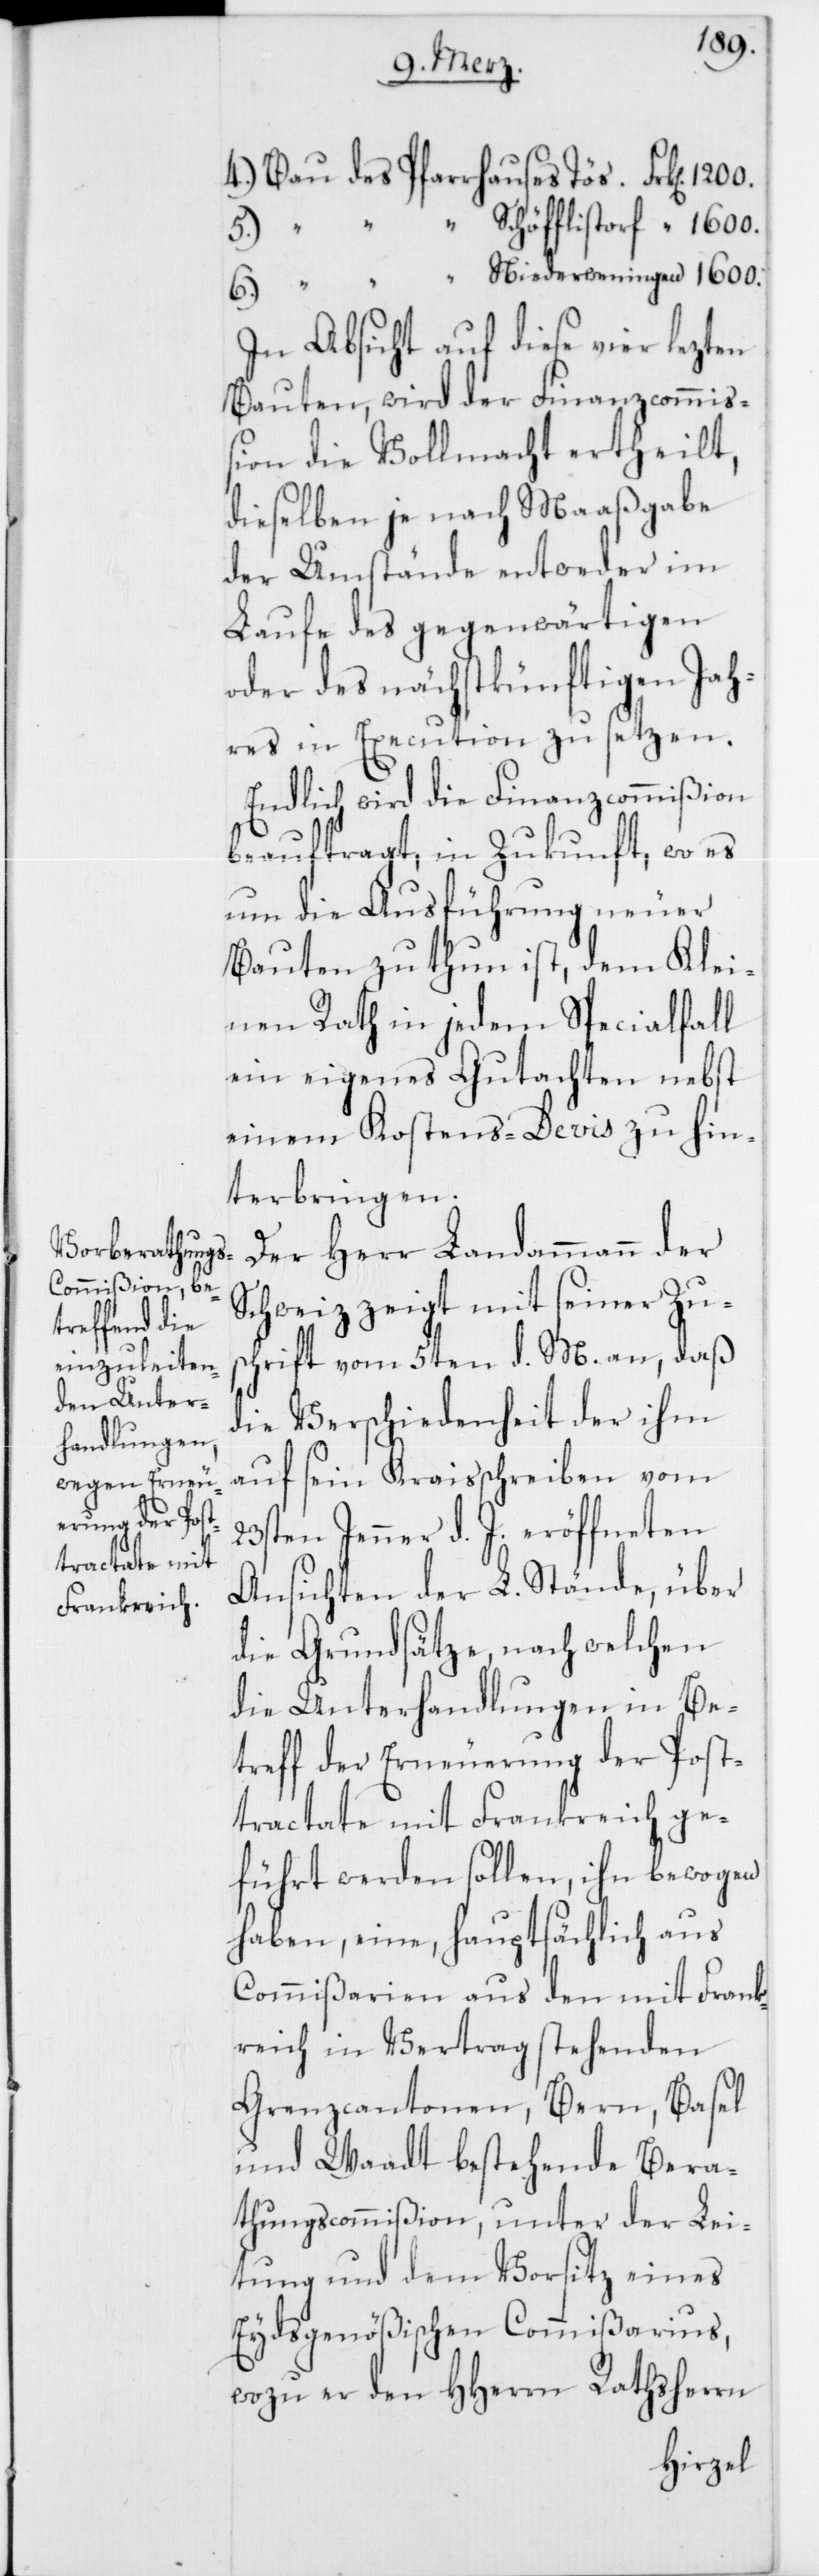
4.) Bau des Pfarrhauses Töß Frk[en].
5.) “ “ “ Schöfflisdorf “ 1600.
“ Niederweningen “ 1600.
In Absicht auf diese vier lezten
Bauten, wird der Finanzcommi¬
ßion die Vollmacht ertheilt,
dieselben je nach Maaßgabe
der Umstände entweder im
Laufe des gegenwärtigen
oder des nächstkünftigen Jah¬
res in Execution zu setzen.
Endlich wird die Finanzcommißion
beauftragt, in Zukunft, wo es
um die Ausführung neuer
Bauten zu thun ist, dem Klei¬
nen Rath in jedem Specialfall
ein eigenes Gutachten nebst
einem Kostens-Devis zu hin¬
terbringen.
Der Herr Landammann der
Schweiz zeigt mit seiner Zus¬
chrift vom 5ten d. M. an, daß
die Verschiedenheit der ihm
auf sein Kraisschreiben vom
23sten Jenner d. J. eröffneten
Ansichten der L. Stände, über
die Grundsätze, nach welchen
die Unterhandlungen in Be¬
treff der Erneuerung der Post¬
tractate mit Frankreich ge¬
führt werden sollen, ihn bewogen
haben, eine, hauptsächlich aus
Commißarien aus den mit Frank¬
reich in Vertrag stehenden
Grenzcantonen Bern, Basel
und Waadt bestehende Bera¬
thungscommißion, unter der Lei¬
tung und dem Vorsitz eines
Eydsgenößischen Commißarius,
wozu er den HHerrn Rathsherrn